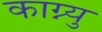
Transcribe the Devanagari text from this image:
काग्न्यु